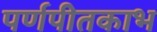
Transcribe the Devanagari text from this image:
पर्णपीतकाभ